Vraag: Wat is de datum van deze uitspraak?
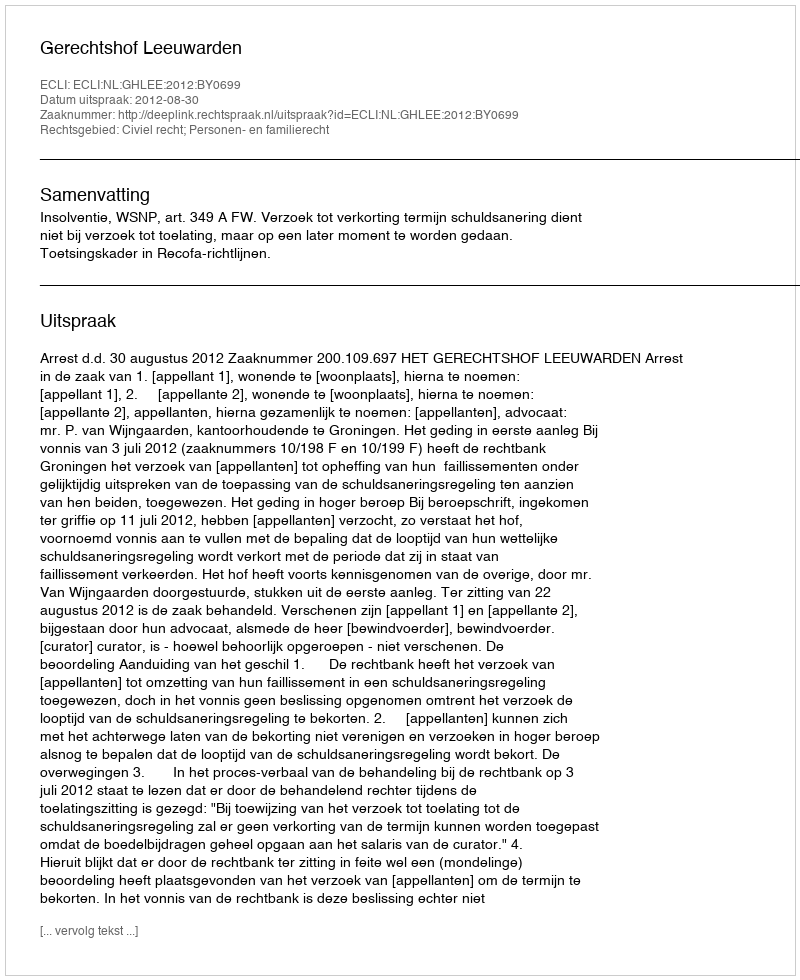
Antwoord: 2012-08-30